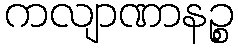
ကလျာဏာနဉ္စ